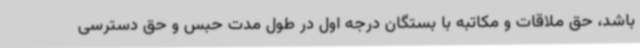
باشد، حق ملاقات و مکاتبه با بستگان درجه اول در طول مدت حبس و حق دسترسی